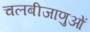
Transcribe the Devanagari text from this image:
चलबीजाणुओं